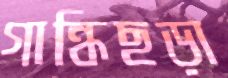
গান্ধিছড়া